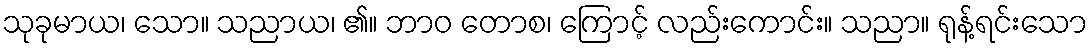
သုခုမာယ၊ သော။ သညာယ၊ ၏။ ဘာဝ တောစ၊ ကြောင့် လည်းကောင်း။ သညာ။ ရုန့်ရင်းသော